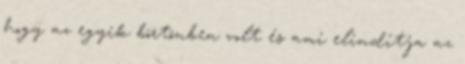
hogy az egyik börtönben volt és ami elindítja az